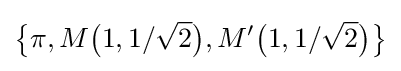
{\bigl \{}\pi ,M{\bigl (}1,1/{\sqrt {2}}{\bigr )},M'{\bigl (}1,1/{\sqrt {2}}{\bigr )}{\bigr \}}